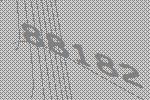
88182